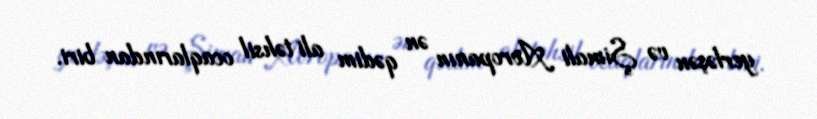
yerləşən və Şimali Avropanın ən qədim ali təhsil ocaqlarından biri.